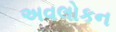
અવલોકન